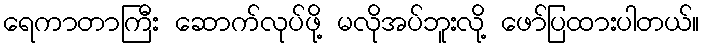
ရေကာတာကြီး ဆောက်လုပ်ဖို့ မလိုအပ်ဘူးလို့ ဖော်ပြထားပါတယ်။